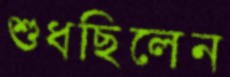
শুধছিলেন